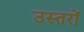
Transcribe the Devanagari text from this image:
उस्तरों